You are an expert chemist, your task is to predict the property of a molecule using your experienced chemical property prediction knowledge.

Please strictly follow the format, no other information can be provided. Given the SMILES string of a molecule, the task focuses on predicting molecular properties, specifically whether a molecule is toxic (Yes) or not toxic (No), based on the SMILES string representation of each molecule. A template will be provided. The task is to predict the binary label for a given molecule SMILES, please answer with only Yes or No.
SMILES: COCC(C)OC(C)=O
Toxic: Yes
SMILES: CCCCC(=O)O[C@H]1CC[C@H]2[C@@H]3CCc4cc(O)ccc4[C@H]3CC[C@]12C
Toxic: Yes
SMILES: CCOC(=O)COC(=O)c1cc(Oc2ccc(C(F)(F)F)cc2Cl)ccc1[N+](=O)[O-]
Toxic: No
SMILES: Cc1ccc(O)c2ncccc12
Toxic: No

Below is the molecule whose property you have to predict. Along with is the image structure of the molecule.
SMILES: Cc1ccc(N)cc1C
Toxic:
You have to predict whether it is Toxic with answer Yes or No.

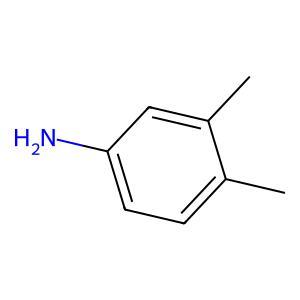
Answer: No